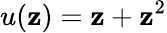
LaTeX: u(\mathbf{z})=\mathbf{z}+\mathbf{z}^{2}